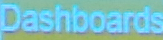
Dashborads